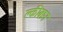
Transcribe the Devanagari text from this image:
क्लीबान